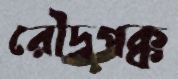
রৌদ্রপক্ক